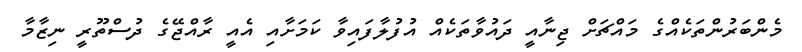
މެންބަރުންތަކެއްގެ މައްޗަށް ޖިނާއީ ދައުވާތަކެއް އުފުލާފައިވާ ކަމަށާއި އެއީ ރާއްޖޭގެ ދުސްތޫރީ ނިޒާމާ